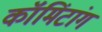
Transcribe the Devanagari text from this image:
कॉमिंटांग